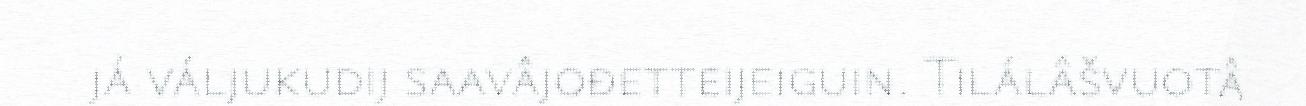
já váljukudij saavâjođetteijeiguin. Tilálâšvuotâ